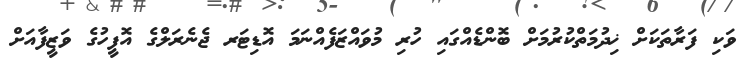
ވަކި ފަރާތަކަށް ޚިދުމަތްކުރުމަށް ބޮންޑެއްގައި ހުރި މުވައްޒަފެއްނަމަ އޮޑިޓަރ ޖެނެރަލްގެ އޮފީހުގެ ވަޒީފާއަށް